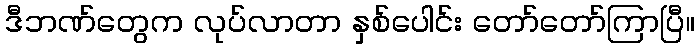
ဒီဘဏ်တွေက လုပ်လာတာ နှစ်ပေါင်း တော်တော်ကြာပြီ။